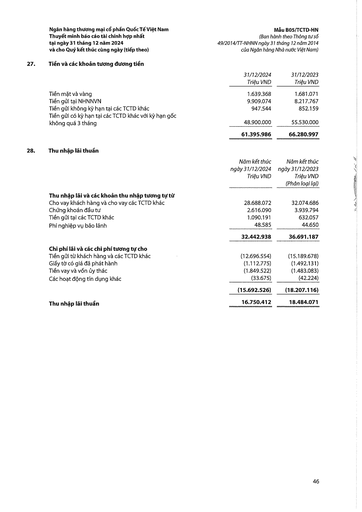
||31/12/2024 Triệu VND|31/12/2023 Triệu VND| |---|---|---| |Tiền mặt và vàng|1.639.368|1.681.071| |Tiền gửi tại NHNNVN|9.909.074|8.217.767| |Tiền gửi không kỳ hạn tại các TCTD khác|947.544|852.159| |Tiền gửi có kỳ hạn tại các TCTD khác với kỳ hạn gốc không quá 3 tháng|48.900.000|55.530.000| ||61.395.986|66.280.997| ||Năm kết thúc ngày 31/12/2024 Triệu VND|Năm kết thúc ngày 31/12/2023 Triệu VND (Phân loại lại)| |---|---|---| |Thu nhập lãi và các khoản thu nhập tương tự từ||| |Cho vay khách hàng và cho vay các TCTD khác|28.688.072|32.074.686| |Chứng khoán đầu tư|2.616.090|3.939.794| |Tiền gửi tại các TCTD khác|1.090.191|632.057| |Phí nghiệp vụ bảo lãnh|48.585|44.650| ||32.442.938|36.691.187| |Chi phí lãi và các chi phí tương tự cho||| |Tiền gửi từ khách hàng và các TCTD khác|(12.696.554)|(15.189.678)| |Giấy tờ có giá đã phát hành|(1.112.775)|(1.492.131)| |Tiền vay và vốn ủy thác|(1.849.522)|(1.483.083)| |Các hoạt động tín dụng khác|(33.675)|(42.224)| ||(15.692.526)|(18.207.116)| |Thu nhập lãi thuần|16.750.412|18.484.071|